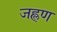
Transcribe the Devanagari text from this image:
जह्लण